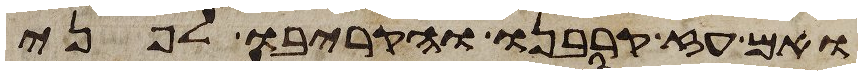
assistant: ואם עז קרבנו והקריבו לפני